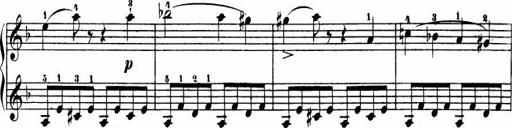
Title: Le bouquetier
Composer: Anton Diabelli
Key: G major
 C major
 F major
 C major